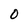
Character: 0